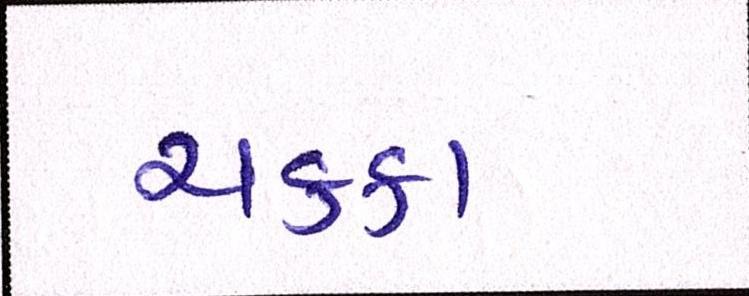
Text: ચક્કા